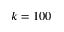
k = 1 0 0